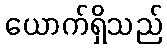
ယောက်ရှိသည်